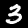
Digit: 3